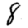
Digit: 8